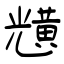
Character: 黋